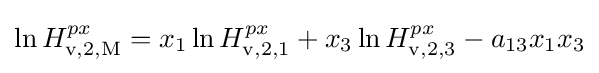
\ln H_{\rm {v,2,M}}^{px}=x_{1}\ln H_{\rm {v,2,1}}^{px}+x_{3}\ln H_{\rm {v,2,3}}^{px}-a_{13}x_{1}x_{3}